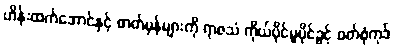
ဟိန်းထက်အောင်နှင့် ဓာတ်မှန်များကို ရာဇသံ ကိုယ်ပိုင်မူပိုင်ခွင့် ဝတ်စုံကုဒ်